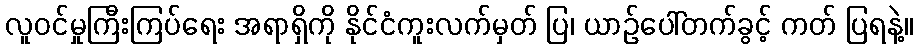
လူဝင်မှုကြီးကြပ်ရေး အရာရှိကို နိုင်ငံကူးလက်မှတ် ပြ၊ ယာဉ်ပေါ်တက်ခွင့် ကတ် ပြရနဲ့။